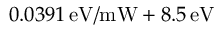
0 . 0 3 9 1 \, \mathrm { e V } / \mathrm { m W } + 8 . 5 \, \mathrm { e V }